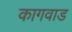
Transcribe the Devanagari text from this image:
कागवाड